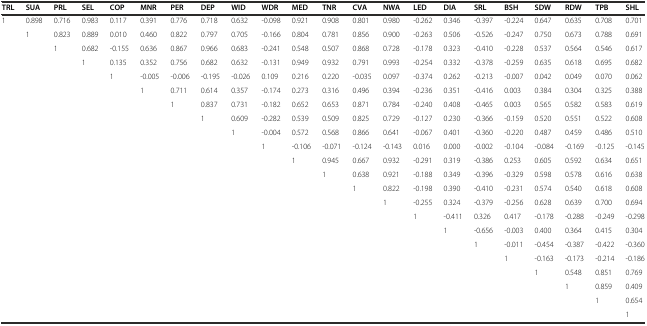
<table><thead><tr><td><b>TRL</b></td><td><b>SUA</b></td><td><b>PRL</b></td><td><b>SEL</b></td><td><b>COP</b></td><td><b>MNR</b></td><td><b>PER</b></td><td><b>DEP</b></td><td><b>WID</b></td><td><b>WDR</b></td><td><b>MED</b></td><td><b>TNR</b></td><td><b>CVA</b></td><td><b>NWA</b></td><td><b>LED</b></td><td><b>DIA</b></td><td><b>SRL</b></td><td><b>BSH</b></td><td><b>SDW</b></td><td><b>RDW</b></td><td><b>TPB</b></td><td><b>SHL</b></td></tr></thead><tbody><tr><td>1</td><td>0.898</td><td>0.716</td><td>0.983</td><td>0.117</td><td>0.391</td><td>0.776</td><td>0.718</td><td>0.632</td><td>-0.098</td><td>0.921</td><td>0.908</td><td>0.801</td><td>0.980</td><td>-0.262</td><td>0.346</td><td>-0.397</td><td>-0.224</td><td>0.647</td><td>0.635</td><td>0.708</td><td>0.701</td></tr><tr><td></td><td>1</td><td>0.823</td><td>0.889</td><td>0.010</td><td>0.460</td><td>0.822</td><td>0.797</td><td>0.705</td><td>-0.166</td><td>0.804</td><td>0.781</td><td>0.856</td><td>0.900</td><td>-0.263</td><td>0.506</td><td>-0.526</td><td>-0.247</td><td>0.750</td><td>0.673</td><td>0.788</td><td>0.691</td></tr><tr><td></td><td></td><td>1</td><td>0.682</td><td>-0.155</td><td>0.636</td><td>0.867</td><td>0.966</td><td>0.683</td><td>-0.241</td><td>0.548</td><td>0.507</td><td>0.868</td><td>0.728</td><td>-0.178</td><td>0.323</td><td>-0.410</td><td>-0.228</td><td>0.537</td><td>0.564</td><td>0.546</td><td>0.617</td></tr><tr><td></td><td></td><td></td><td>1</td><td>0.135</td><td>0.352</td><td>0.756</td><td>0.682</td><td>0.632</td><td>-0.131</td><td>0.949</td><td>0.932</td><td>0.791</td><td>0.993</td><td>-0.254</td><td>0.332</td><td>-0.378</td><td>-0.259</td><td>0.635</td><td>0.618</td><td>0.695</td><td>0.682</td></tr><tr><td></td><td></td><td></td><td></td><td>1</td><td>-0.005</td><td>-0.006</td><td>-0.195</td><td>-0.026</td><td>0.109</td><td>0.216</td><td>0.220</td><td>-0.035</td><td>0.097</td><td>-0.374</td><td>0.262</td><td>-0.213</td><td>-0.007</td><td>0.042</td><td>0.049</td><td>0.070</td><td>0.062</td></tr><tr><td></td><td></td><td></td><td></td><td></td><td>1</td><td>0.711</td><td>0.614</td><td>0.357</td><td>-0.174</td><td>0.273</td><td>0.316</td><td>0.496</td><td>0.394</td><td>-0.236</td><td>0.351</td><td>-0.416</td><td>0.003</td><td>0.384</td><td>0.304</td><td>0.325</td><td>0.388</td></tr><tr><td></td><td></td><td></td><td></td><td></td><td></td><td>1</td><td>0.837</td><td>0.731</td><td>-0.182</td><td>0.652</td><td>0.653</td><td>0.871</td><td>0.784</td><td>-0.240</td><td>0.408</td><td>-0.465</td><td>0.003</td><td>0.565</td><td>0.582</td><td>0.583</td><td>0.619</td></tr><tr><td></td><td></td><td></td><td></td><td></td><td></td><td></td><td>1</td><td>0.609</td><td>-0.282</td><td>0.539</td><td>0.509</td><td>0.825</td><td>0.729</td><td>-0.127</td><td>0.230</td><td>-0.366</td><td>-0.159</td><td>0.520</td><td>0.551</td><td>0.522</td><td>0.608</td></tr><tr><td></td><td></td><td></td><td></td><td></td><td></td><td></td><td></td><td>1</td><td>-0.004</td><td>0.572</td><td>0.568</td><td>0.866</td><td>0.641</td><td>-0.067</td><td>0.401</td><td>-0.360</td><td>-0.220</td><td>0.487</td><td>0.459</td><td>0.486</td><td>0.510</td></tr><tr><td></td><td></td><td></td><td></td><td></td><td></td><td></td><td></td><td></td><td>1</td><td>-0.106</td><td>-0.071</td><td>-0.124</td><td>-0.143</td><td>0.016</td><td>0.000</td><td>-0.002</td><td>-0.104</td><td>-0.084</td><td>-0.169</td><td>-0.125</td><td>-0.145</td></tr><tr><td></td><td></td><td></td><td></td><td></td><td></td><td></td><td></td><td></td><td></td><td>1</td><td>0.945</td><td>0.667</td><td>0.932</td><td>-0.291</td><td>0.319</td><td>-0.386</td><td>0.253</td><td>0.605</td><td>0.592</td><td>0.634</td><td>0.651</td></tr><tr><td></td><td></td><td></td><td></td><td></td><td></td><td></td><td></td><td></td><td></td><td></td><td>1</td><td>0.638</td><td>0.921</td><td>-0.188</td><td>0.349</td><td>-0.396</td><td>-0.329</td><td>0.598</td><td>0.578</td><td>0.616</td><td>0.638</td></tr><tr><td></td><td></td><td></td><td></td><td></td><td></td><td></td><td></td><td></td><td></td><td></td><td></td><td>1</td><td>0.822</td><td>-0.198</td><td>0.390</td><td>-0.410</td><td>-0.231</td><td>0.574</td><td>0.540</td><td>0.618</td><td>0.608</td></tr><tr><td></td><td></td><td></td><td></td><td></td><td></td><td></td><td></td><td></td><td></td><td></td><td></td><td></td><td>1</td><td>-0.255</td><td>0.324</td><td>-0.379</td><td>-0.256</td><td>0.628</td><td>0.639</td><td>0.700</td><td>0.694</td></tr><tr><td></td><td></td><td></td><td></td><td></td><td></td><td></td><td></td><td></td><td></td><td></td><td></td><td></td><td></td><td>1</td><td>-0.411</td><td>0.326</td><td>0.417</td><td>-0.178</td><td>-0.288</td><td>-0.249</td><td>-0.298</td></tr><tr><td></td><td></td><td></td><td></td><td></td><td></td><td></td><td></td><td></td><td></td><td></td><td></td><td></td><td></td><td></td><td>1</td><td>-0.656</td><td>-0.003</td><td>0.400</td><td>0.364</td><td>0.415</td><td>0.304</td></tr><tr><td></td><td></td><td></td><td></td><td></td><td></td><td></td><td></td><td></td><td></td><td></td><td></td><td></td><td></td><td></td><td></td><td>1</td><td>-0.011</td><td>-0.454</td><td>-0.387</td><td>-0.422</td><td>-0.360</td></tr><tr><td></td><td></td><td></td><td></td><td></td><td></td><td></td><td></td><td></td><td></td><td></td><td></td><td></td><td></td><td></td><td></td><td></td><td>1</td><td>-0.163</td><td>-0.173</td><td>-0.214</td><td>-0.186</td></tr><tr><td></td><td></td><td></td><td></td><td></td><td></td><td></td><td></td><td></td><td></td><td></td><td></td><td></td><td></td><td></td><td></td><td></td><td></td><td>1</td><td>0.548</td><td>0.851</td><td>0.769</td></tr><tr><td></td><td></td><td></td><td></td><td></td><td></td><td></td><td></td><td></td><td></td><td></td><td></td><td></td><td></td><td></td><td></td><td></td><td></td><td></td><td>1</td><td>0.859</td><td>0.409</td></tr><tr><td></td><td></td><td></td><td></td><td></td><td></td><td></td><td></td><td></td><td></td><td></td><td></td><td></td><td></td><td></td><td></td><td></td><td></td><td></td><td></td><td>1</td><td>0.654</td></tr><tr><td></td><td></td><td></td><td></td><td></td><td></td><td></td><td></td><td></td><td></td><td></td><td></td><td></td><td></td><td></td><td></td><td></td><td></td><td></td><td></td><td></td><td>1</td></tr></tbody></table>